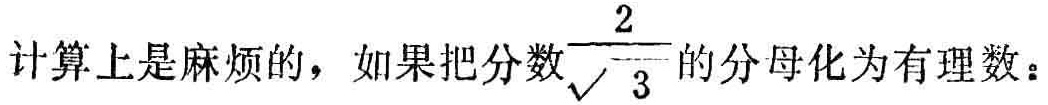
计算上是麻烦的，如果把分数$\frac{2}{\sqrt{3}}$的分母化为有理数：